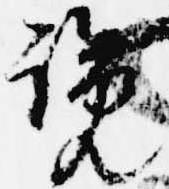
覧